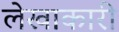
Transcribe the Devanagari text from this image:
लेखाकारी